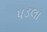
પડલા